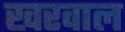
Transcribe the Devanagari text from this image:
खरवाल